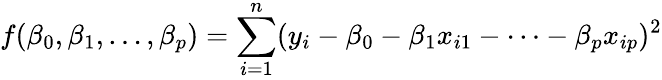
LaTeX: f(\beta_{0},\beta_{1},\dots,\beta_{p})=\sum_{i=1}^{n}(y_{i}-\beta_{0}-\beta_{1}x_{i1}-\dots-\beta_{p}x_{ip})^{2}